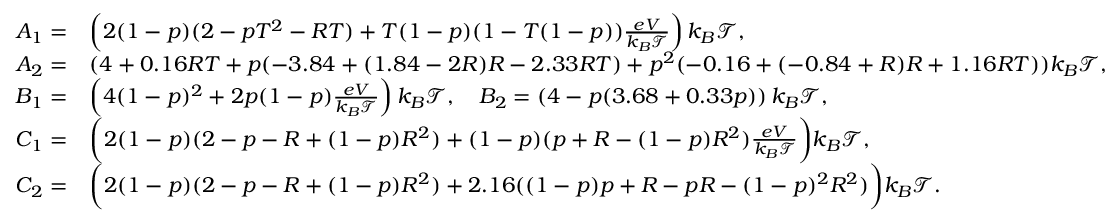
\begin{array} { r l } { A _ { 1 } = } & { \left( 2 ( 1 - p ) ( 2 - p T ^ { 2 } - R T ) + T ( 1 - p ) ( 1 - T ( 1 - p ) ) \frac { e V } { k _ { B } \mathcal { T } } \right) k _ { B } \mathcal { T } , } \\ { A _ { 2 } = } & { ( 4 + 0 . 1 6 R T + p ( - 3 . 8 4 + ( 1 . 8 4 - 2 R ) R - 2 . 3 3 R T ) + p ^ { 2 } ( - 0 . 1 6 + ( - 0 . 8 4 + R ) R + 1 . 1 6 R T ) ) k _ { B } \mathcal { T } , } \\ { B _ { 1 } = } & { \left( 4 ( 1 - p ) ^ { 2 } + 2 p ( 1 - p ) \frac { e V } { k _ { B } \mathcal { T } } \right) k _ { B } \mathcal { T } , \quad B _ { 2 } = \left( 4 - p ( 3 . 6 8 + 0 . 3 3 p ) \right) k _ { B } \mathcal { T } , } \\ { C _ { 1 } = } & { \bigg ( 2 ( 1 - p ) ( 2 - p - R + ( 1 - p ) R ^ { 2 } ) + ( 1 - p ) ( p + R - ( 1 - p ) R ^ { 2 } ) \frac { e V } { k _ { B } \mathcal { T } } \bigg ) k _ { B } \mathcal { T } , } \\ { C _ { 2 } = } & { \bigg ( 2 ( 1 - p ) ( 2 - p - R + ( 1 - p ) R ^ { 2 } ) + 2 . 1 6 ( ( 1 - p ) p + R - p R - ( 1 - p ) ^ { 2 } R ^ { 2 } ) \bigg ) k _ { B } \mathcal { T } . } \end{array}